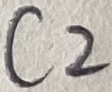
Text: C2